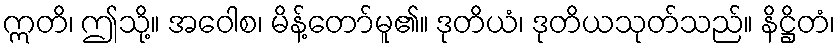
ဣတိ၊ ဤသို့။ အဝေါစ၊ မိန့်တော်မူ၏။ ဒုတိယံ၊ ဒုတိယသုတ်သည်။ နိဋ္ဌိတံ၊